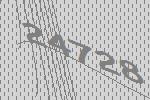
24728